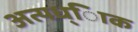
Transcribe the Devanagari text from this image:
अत्यध्ािक